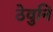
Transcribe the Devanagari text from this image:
ठेवुनि